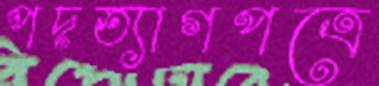
পদত্যাগপত্রে